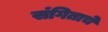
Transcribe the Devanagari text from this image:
संगिताचे